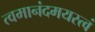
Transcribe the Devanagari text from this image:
त्वमानंदमयस्त्वं